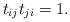
LaTeX: \begin{align*}t_{ij} t_{ji} = 1.\end{align*}